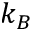
k _ { B }